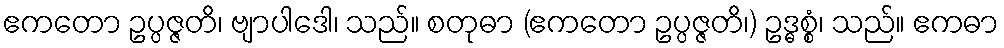
ဧကတော ဥပ္ပဇ္ဇတိ၊ ဗျာပါဒေါ၊ သည်။ စတုဓာ (ဧကတော ဥပ္ပဇ္ဇတိ၊) ဥဒ္ဓစ္စံ၊ သည်။ ဧကဓာ